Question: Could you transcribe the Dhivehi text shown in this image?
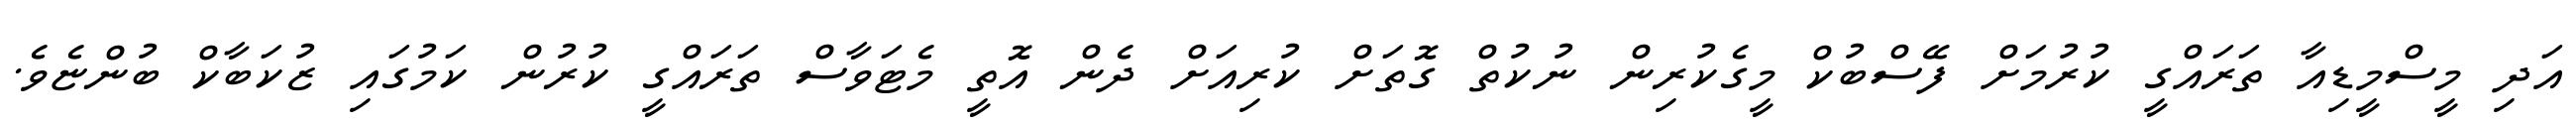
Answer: އަދި މީސްމީޑިއާ ތަރައްގީ ކުރުމަށް ފޭސްބުކް މީގެކުރިން ނުކުތް ގޮތަށް ކުރިއަށް ދެން އޮތީ މެޓަވާސް ތަރައްގީ ކުރުން ކަމުގައި ޒުކަބާކް ބުންޏެވެ.